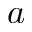
a